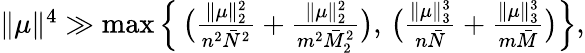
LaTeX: \begin{array}{r}{\| \mu\| ^{4}\gg\operatorname*{max}\Big\{ \, \big(\frac{\| \mu\| _{2}^{2}}{n^{2}\bar{N}^{2}}+\frac{\| \mu\| _{2}^{2}}{m^{2}\bar{M}_{2}^{2}}\big),\, \big(\frac{\| \mu\| _{3}^{3}}{n\bar{N}}+\frac{\| \mu\| _{3}^{3}}{m\bar{M}}\big)\Big\} ,}\end{array}